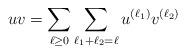
LaTeX: \begin{align*}uv=\sum_{\ell\geq 0}\sum_{\ell_1+\ell_2=\ell}u^{(\ell_1)}v^{(\ell_2)}\end{align*}